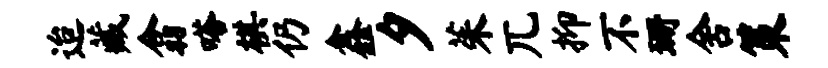
迨藏翕嗒棋仍鑫夕茱兀抑不珊舍策